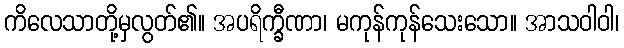
ကိလေသာတို့မှလွတ်၏။ အပရိက္ခီဏာ၊ မကုန်ကုန်သေးသော။ အာသဝါဝါ၊